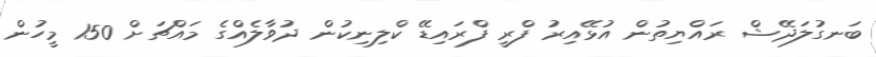
ބަނގުލަދޭޝް ރައްޔިތުން އުޅޭއިރު ފްރީ ފްރައިޑޭ ކްލިނިކުން ދުވާލެއްގެ މައްޗަށް 150 މީހުން